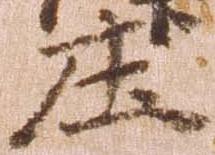
庄